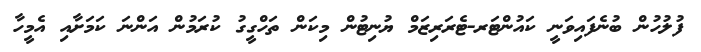
ފުލުހުން ބުނެފައިވަނީ ކައުންޓަރ-ޓެރަރިޒަމް ޔުނިޓުން މިކަން ތަހްގީގު ކުރަމުން އަންނަ ކަމަށާއި އެމީހާ